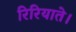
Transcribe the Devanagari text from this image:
रिरियाते।